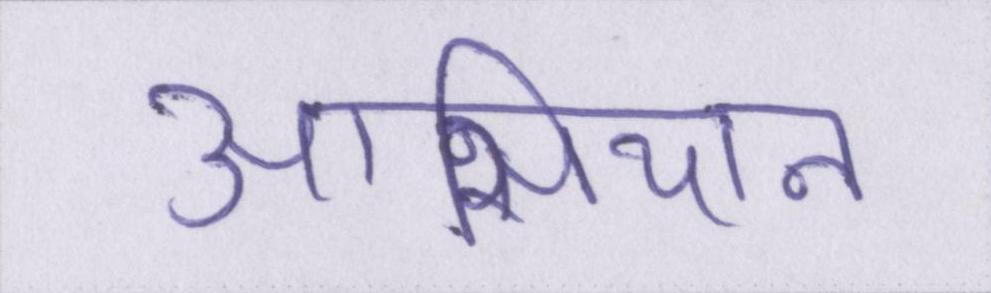
आसियान